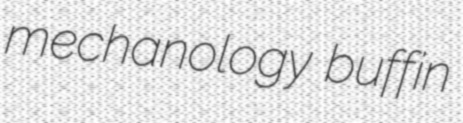
mechanology buffin